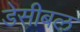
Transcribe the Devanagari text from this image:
डेसीबल